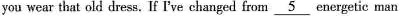
your wear that old dress. If I've changed from\underline{5}energetic ,am